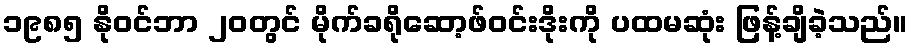
၁၉၈၅ နိုဝင်ဘာ ၂၀တွင် မိုက်ခရိုဆော့ဖ်ဝင်းဒိုးကို ပထမဆုံး ဖြန့်ချိခဲ့သည်။